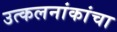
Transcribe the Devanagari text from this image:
उत्कलनांकांचा